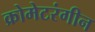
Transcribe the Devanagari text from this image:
क्रोमेटरंगीन